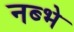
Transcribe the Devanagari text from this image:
नब्भे